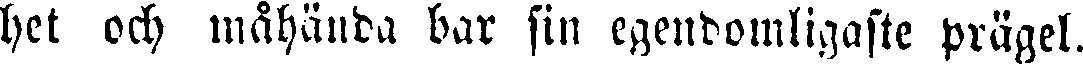
het och måhända bar sin egendomligaste prägel.